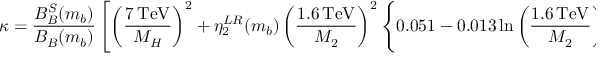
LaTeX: \kappa = \frac { B _ { B } ^ { S } ( m _ { b } ) } { B _ { B } ( m _ { b } ) } \left[ \left( \frac { 7 \, \mathrm { T e V } } { M _ { H } } \right) ^ { 2 } + \eta _ { 2 } ^ { L R } ( m _ { b } ) \left( \frac { 1 . 6 \, \mathrm { T e V } } { M _ { 2 } } \right) ^ { 2 } \left\{ 0 . 0 5 1 - 0 . 0 1 3 \ln \left( \frac { 1 . 6 \, \mathrm { T e V } } { M _ { 2 } } \right) ^ { 2 } \right\} \right] ,